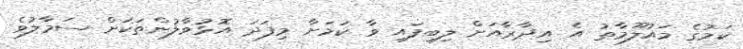
ކަމުގެ މައުލޫމާތު އެ އިދާރާއަށް ލިބިފައި ވާ ކަމަށާ މިފަދަ އޮޅުވާލުންތަކަށް ސަމާލުވެ